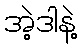
အဲ့ဒါနဲ့